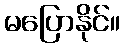
မပြောနိုင်။